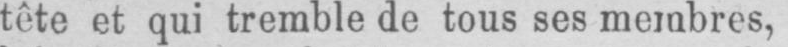
tête et qui tremble de tous ses membres,